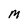
Character: M